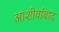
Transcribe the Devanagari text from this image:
आशीर्वावाद